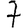
Digit: 7